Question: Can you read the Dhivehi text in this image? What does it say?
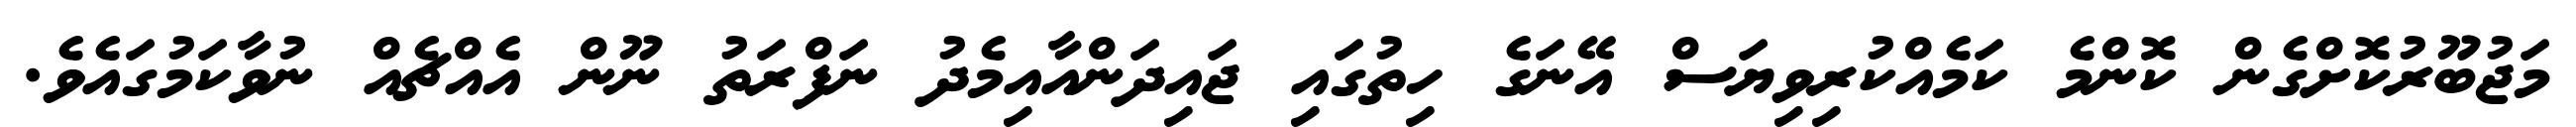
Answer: މަޖުބޫރުކޮށްގެން ކޮންމެ ކަމެއްކުރިވިޔަސް އޭނަގެ ހިތުގައި ޖައިދަންއާއިމެދު ނަފްރަތު ނޫން އެއްޗެއް ނުވާކަމުގައެވެ.